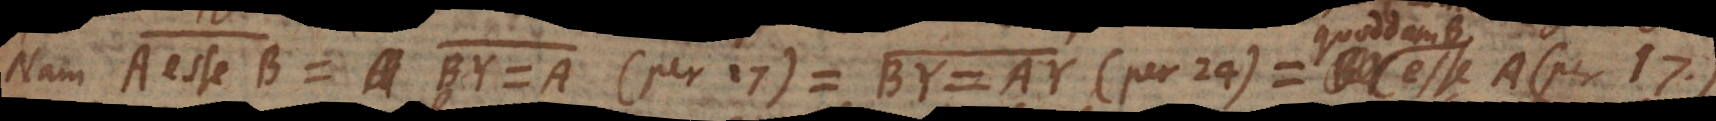
Nam A esse B = BY = A (per 17) = BY = AY (per 24) = B esse A